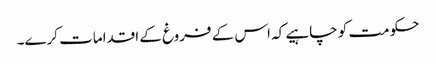
حکومت کو چاہیے کہ اس کے فروغ کے اقدامات کرے۔